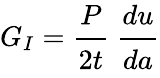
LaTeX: G_{I}={\cfrac{P}{2t}}~{\cfrac{du}{da}}